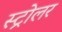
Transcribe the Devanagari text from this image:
स्ट्रोलर